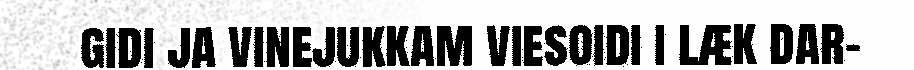
gidi ja vinejukkam viesoidi i læk dar-